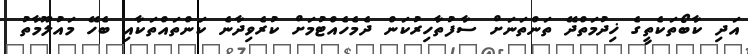
އަދި ކާބޯތަކެތީގެ ޚިދުމަތްދޭ ތަންތަނަށް ސާފުތާހިރުކަން ދެމެހެއްޓުމަށް ކުރެވިދާނެ ކަންތައްތަކާއި ބެހޭ މައުލޫމާތު